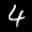
Label: 4